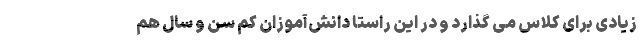
زیادی برای کلاس می گذارد و در این راستا دانش‌آموزان کم سن و سال هم